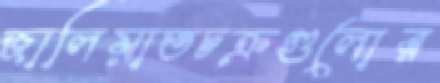
জালিয়াতচক্রগুলোর